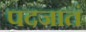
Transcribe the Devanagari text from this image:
पदजातं